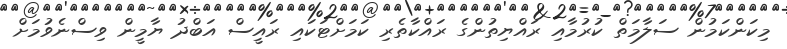
މިކަންކަމުން ސަލާމަތް ކުރުމާއި ރައްޔިތުންގެ ރައްކާތެރި ކަމަށްޓަކައި ރައީސް އަބްދު ޔާމީން ވިސްނެވުމަށް